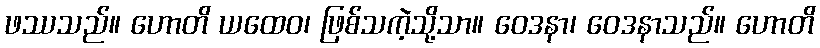
ဖဿသည်။ ဟောတိ ယထေဝ၊ ဖြစ်သကဲ့သို့သာ။ ဝေဒနာ၊ ဝေဒနာသည်။ ဟောတိ